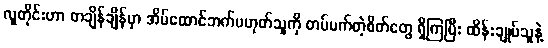
လူတိုင်းဟာ တချိန်ချိန်မှာ အိမ်ထောင်ဘက်မဟုတ်သူကို တပ်မက်တဲ့စိတ်တွေ ရှိကြပြီး ထိန်းချုပ်သူနဲ့